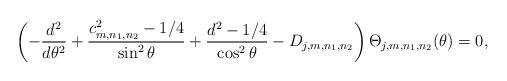
LaTeX: \begin{align*}\left( -\frac{d^{2}}{d\theta ^{2}}+ \frac{c_{m,n_1,n_2}^{2}-1/4}{\sin ^{2}\theta} + \frac{d^2-1/4}{\cos^2 \theta} -D_{j,m,n_1,n_2}\right) \Theta_{j,m,n_1,n_2} (\theta )= 0, \end{align*}